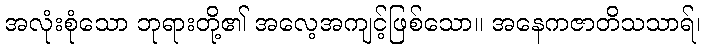
အလုံးစုံသော ဘုရားတို့၏ အလေ့အကျင့်ဖြစ်သော။ အနေကဇာတိသသာရ်၊